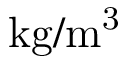
\mathrm { k g / m ^ { 3 } }